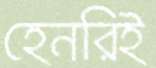
হেনরিই